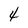
Character: 4